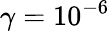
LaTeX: \gamma=10^{-6}